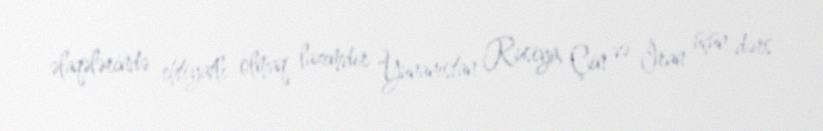
əlaqələrində ehtiyatlı olmaq lazımdır “Yunanıstan Rusiya, Çin və İran üçün dərs